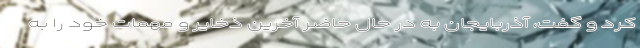
کرد و گفت، آذربایجان به در حال حاضر آخرین ذخایر و مهمات خود را به